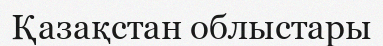
Қазақстан облыстары